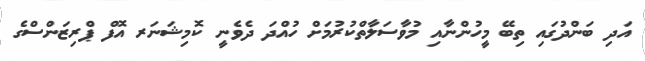
އަދި ބަންދުގައި ތިބޭ މީހުންނާއި މުވާސަލާތްކުރުމަށް ހުއްދަ ދެވެނީ ކޮމިޝަނަރ އޮފް ޕްރިޒަންސްގެ